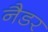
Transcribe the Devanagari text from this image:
नैडर